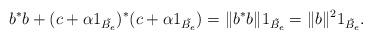
LaTeX: \begin{align*}b^*b+(c+\alpha1_{\tilde{B_e}})^*(c+\alpha1_{\tilde{B_e}})=\|b^*b\|1_{\tilde{B_e}}=\|b\|^21_{\tilde{B_e}}.\end{align*}